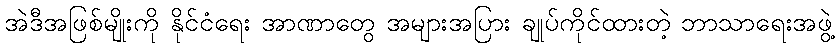
အဲဒီအဖြစ်မျိုးကို နိုင်ငံရေး အာဏာတွေ အများအပြား ချုပ်ကိုင်ထားတဲ့ ဘာသာရေးအဖွဲ့